Leaving Certificate Examination (including Day School Certificate (Higher) General paper), 1933
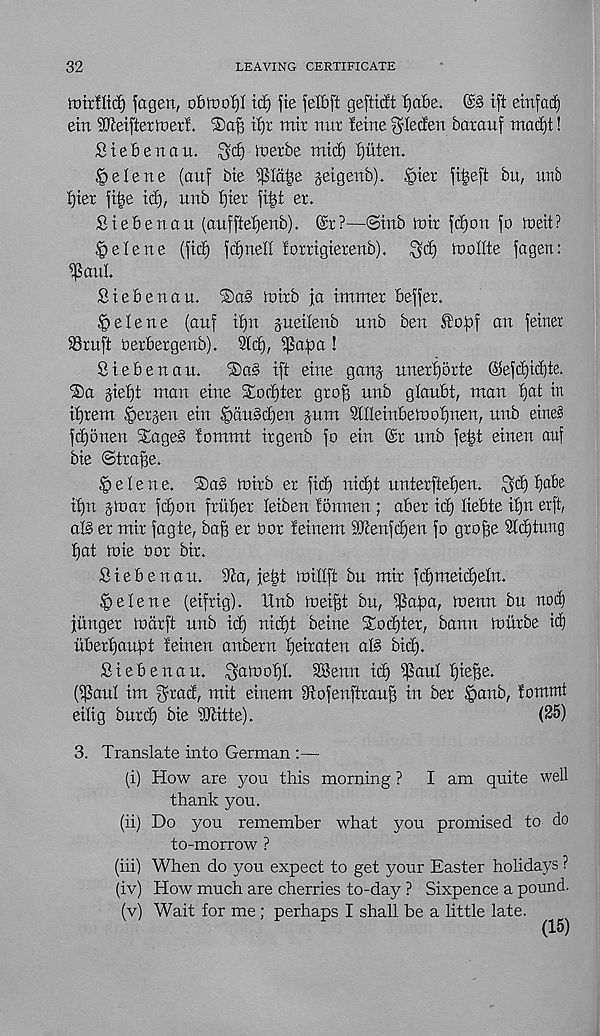
32
LEAVING CERTIFICATE
tturfltcf) fagen, obmof)! id) fie felfift geftMt f)a'6e. ©§ tft eittfacE)
etn SKeifterinerf. ®af 3 it)r mix nur !eirte ^lecfen baraitf macf)t!
Stebenau.
ixierbe
tjuten.
^elene (auf bte ^Id^e geigetxb). |>tex
bu, unb
Ijter ft£e icE), imb E)ter fi|t ex.
£te£>extern (aufftetjenb). @x?—@irtb Xoix fc£)ott |o XDeit?
§ e E e n e (ftdE) fdjneEE foxxigtexertb). ^vd) XDoIIte fagen:
^SattL
Siebettau. ©aS Intxb ja immex befjex.
Helene (auf t£)n gueilenb unb ben ®o:pf an feirter
SBxuft Xexbexgenb). Sltf), ^apa !
Stebenau.
®a§ tft etne ganj unexfjoxte ©efcE)tcE)te.
®a §teE)t man etne 3EorE)tex gxof] unb glaubt, man fjat in
itjxem §exjen etn ^du§c£)en gum SlUetnbeino^nen, unb etne3
fetjonen E£age§ tommt txgenb fo etn @x unb fe|t etnen auf
bte ©txa^e.
e I e n e. ®a§ intxb ex fid) nid)t untexftetjen. fgd) t)abe
ifjn gmax fdfon fxi’ttjex letben tonnen; abex tdj) liebte t£)u erft,
al§ ex mix fagte, ba^ ex box fetnem 2Jtenfc^en fo gxofje Wd)tung
I]at tote oox btx.
Stebenau. Tea, jeEgt millft bu mix fd)metc£)eEn.
^elene (etfxtg). Unb metf# bu, i^afta, menu bu nod)
jitngex Xocixft unb id) nicEjt beine SEodjtex, bann touxbe id)
ubextjaupt feiuen anbexn tjeixaten aid bid).
Siebenau. ^atooi)!. SBenn id) i}5aul f)ieBe.
(i}5aul im §xad, mit einem fRofenftxau^ in bex .£>anb, fomxnt
eilig buxd) bie Witte).
(25)
3. Translate into German :—
(i) How are you this morning ?
I am quite well
thank you.
(ii) Do you remember what you promised to do
to-morrow ?
(iii) When do you expect to get your Easter holidays ?
(iv) How much are cherries to-day ? Sixpence a pound.
(v) Wait for me; perhaps I shall be a little late.